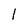
Character: 1